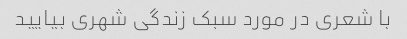
با شعری در مورد سبک زندگی شهری بیایید